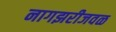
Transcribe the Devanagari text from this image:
नागझरीजवळ